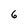
Character: 6